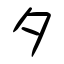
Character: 夕